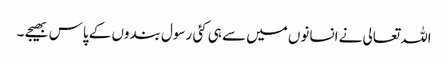
اللہ تعالی نے انسانوں میں سے ہی کئی رسول بندوں کے پاس بھیجے ۔